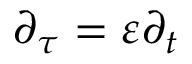
\partial _ { \tau } = \varepsilon \partial _ { t }